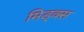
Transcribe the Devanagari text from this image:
मिड्क्स